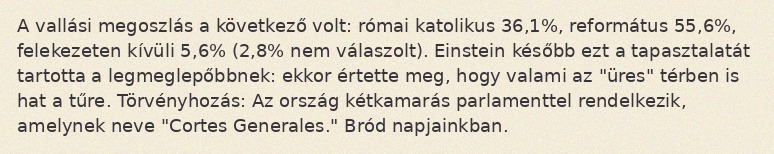
A vallási megoszlás a következő volt: római katolikus 36,1%, református 55,6%, felekezeten kívüli 5,6% (2,8% nem válaszolt). Einstein később ezt a tapasztalatát tartotta a legmeglepőbbnek: ekkor értette meg, hogy valami az "üres" térben is hat a tűre. Törvényhozás: Az ország kétkamarás parlamenttel rendelkezik, amelynek neve "Cortes Generales." Bród napjainkban.